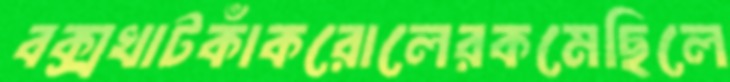
বক্সখাটকাঁকরোলেরকমেছিলে